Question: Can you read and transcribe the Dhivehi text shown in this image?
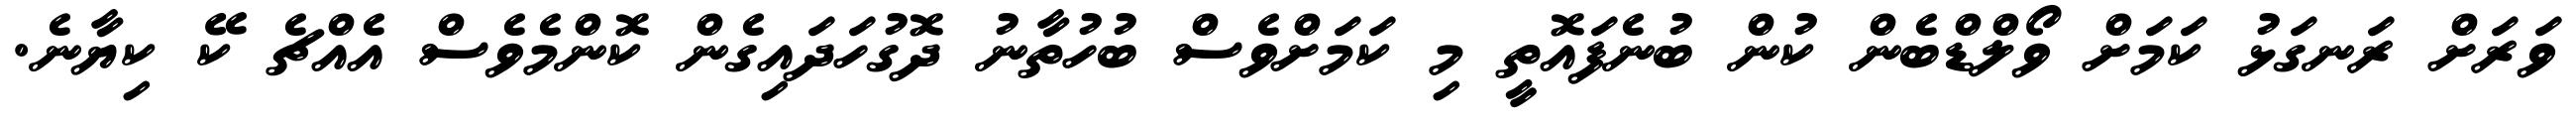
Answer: ވަރަށް ރަނގަޅު ކަމަށް ވޯލްޑްބެން ކުން ބުނެފައޮތީ މި ކަމަށްވެސް ބުހުތާނު ދޮގުހަދައިގެން ކޮންމެވެސް އެއްޗެ ކޭ ކިޔާނެ.